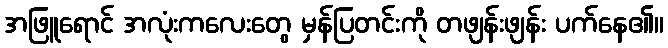
အဖြူရောင် အလုံးကလေးတွေ မှန်ပြတင်းကို တဖျန်းဖျန်း ပက်နေ၏။